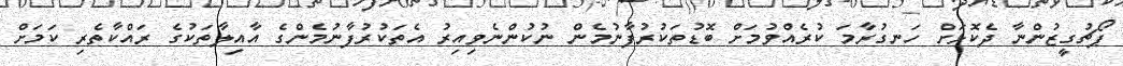
ޕޯޗުގީޒުންނާ ދެކޮޅަށް ހަނގުރާމަ ކުރެއްވުމަށް ބޮޑުތަކުރުފާނުމެން ނުކުންނެވިއިރު އެތަކުރުފާނުމެންގެ އާއިލާތަކުގެ ރައްކާތެރި ކަމަށް